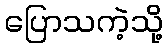
ပြောသကဲ့သို့